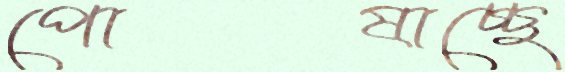
পোষাচ্ছে